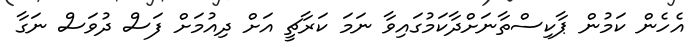
އެހެން ކަމުން ޕާކިސްތާނަށްދާކަމުގައިވާ ނަމަ ކަރާޗީ އަށް ދިއުމަށް ފަސް ދުވަސް ނަގާ